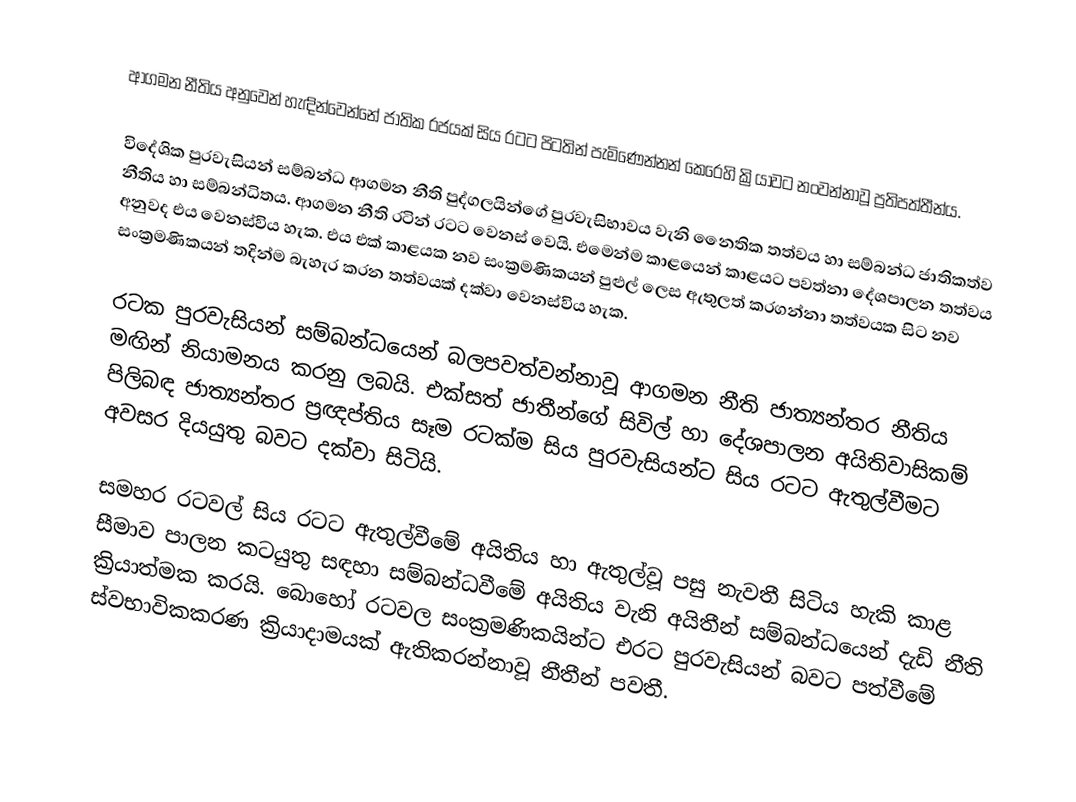
ආගමන නීතිය අනුවෙන් හැඳින්වෙන්නේ ජාතික රජයක් සිය රටට පිටතින් පැමිණෙන්නන් කෙරෙහි ක්‍රියාවට නංවන්නාවූ ප්‍රතිපත්තීන්ය.

විදේශික පුරවැසියන් සම්බන්ධ ආගමන නීති පුද්ගලයින්ගේ පුරවැසිභාවය වැනි නෛතික තත්වය හා සම්බන්ධ ජාතිකත්ව නීතිය හා සම්බන්ධිතය. ආගමන නීති රටින් රටට වෙනස් වෙයි. එමෙන්ම කාළයෙන් කාළයට පවත්නා දේශපාලන තත්වය අනුවද එය වෙනස්විය හැක. එය එක් කාළයක නව සංක්‍රමණිකයන් පුළුල් ලෙස ඇතුලත් කරගන්නා තත්වයක සිට නව සංක්‍රමණිකයන් තදින්ම බැහැර කරන තත්වයක් දක්වා වෙනස්විය හැක.

රටක පුරවැසියන් සම්බන්ධයෙන් බලපවත්වන්නාවූ ආගමන නීති ජාත්‍යන්තර නීතිය මඟින් නියාමනය කරනු ලබයි. එක්සත් ජාතීන්ගේ සිවිල් හා දේශපාලන අයිතිවාසිකම් පිලිබඳ ජාත්‍යන්තර ප‍්‍රඥප්තිය සෑම රටක්ම සිය පුරවැසියන්ට සිය රටට ඇතුල්වීමට අවසර දියයුතු බවට දක්වා සිටියි.

සමහර රටවල් සිය රටට ඇතුල්වීමේ අයිතිය හා ඇතුල්වූ පසු නැවතී සිටිය හැකි කාළ සීමාව පාලන කටයුතු සඳහා සම්බන්ධවීමේ අයිතිය වැනි අයිතීන් සම්බන්ධයෙන් දැඩි නීති ක්‍රියාත්මක කරයි. බොහෝ රටවල සංක්‍රමණිකයින්ට එරට පුරවැසියන් බවට පත්වීමේ ස්වභාවිකකරණ ක්‍රියාදාමයක් ඇතිකරන්නාවූ නීතීන් පවතී.